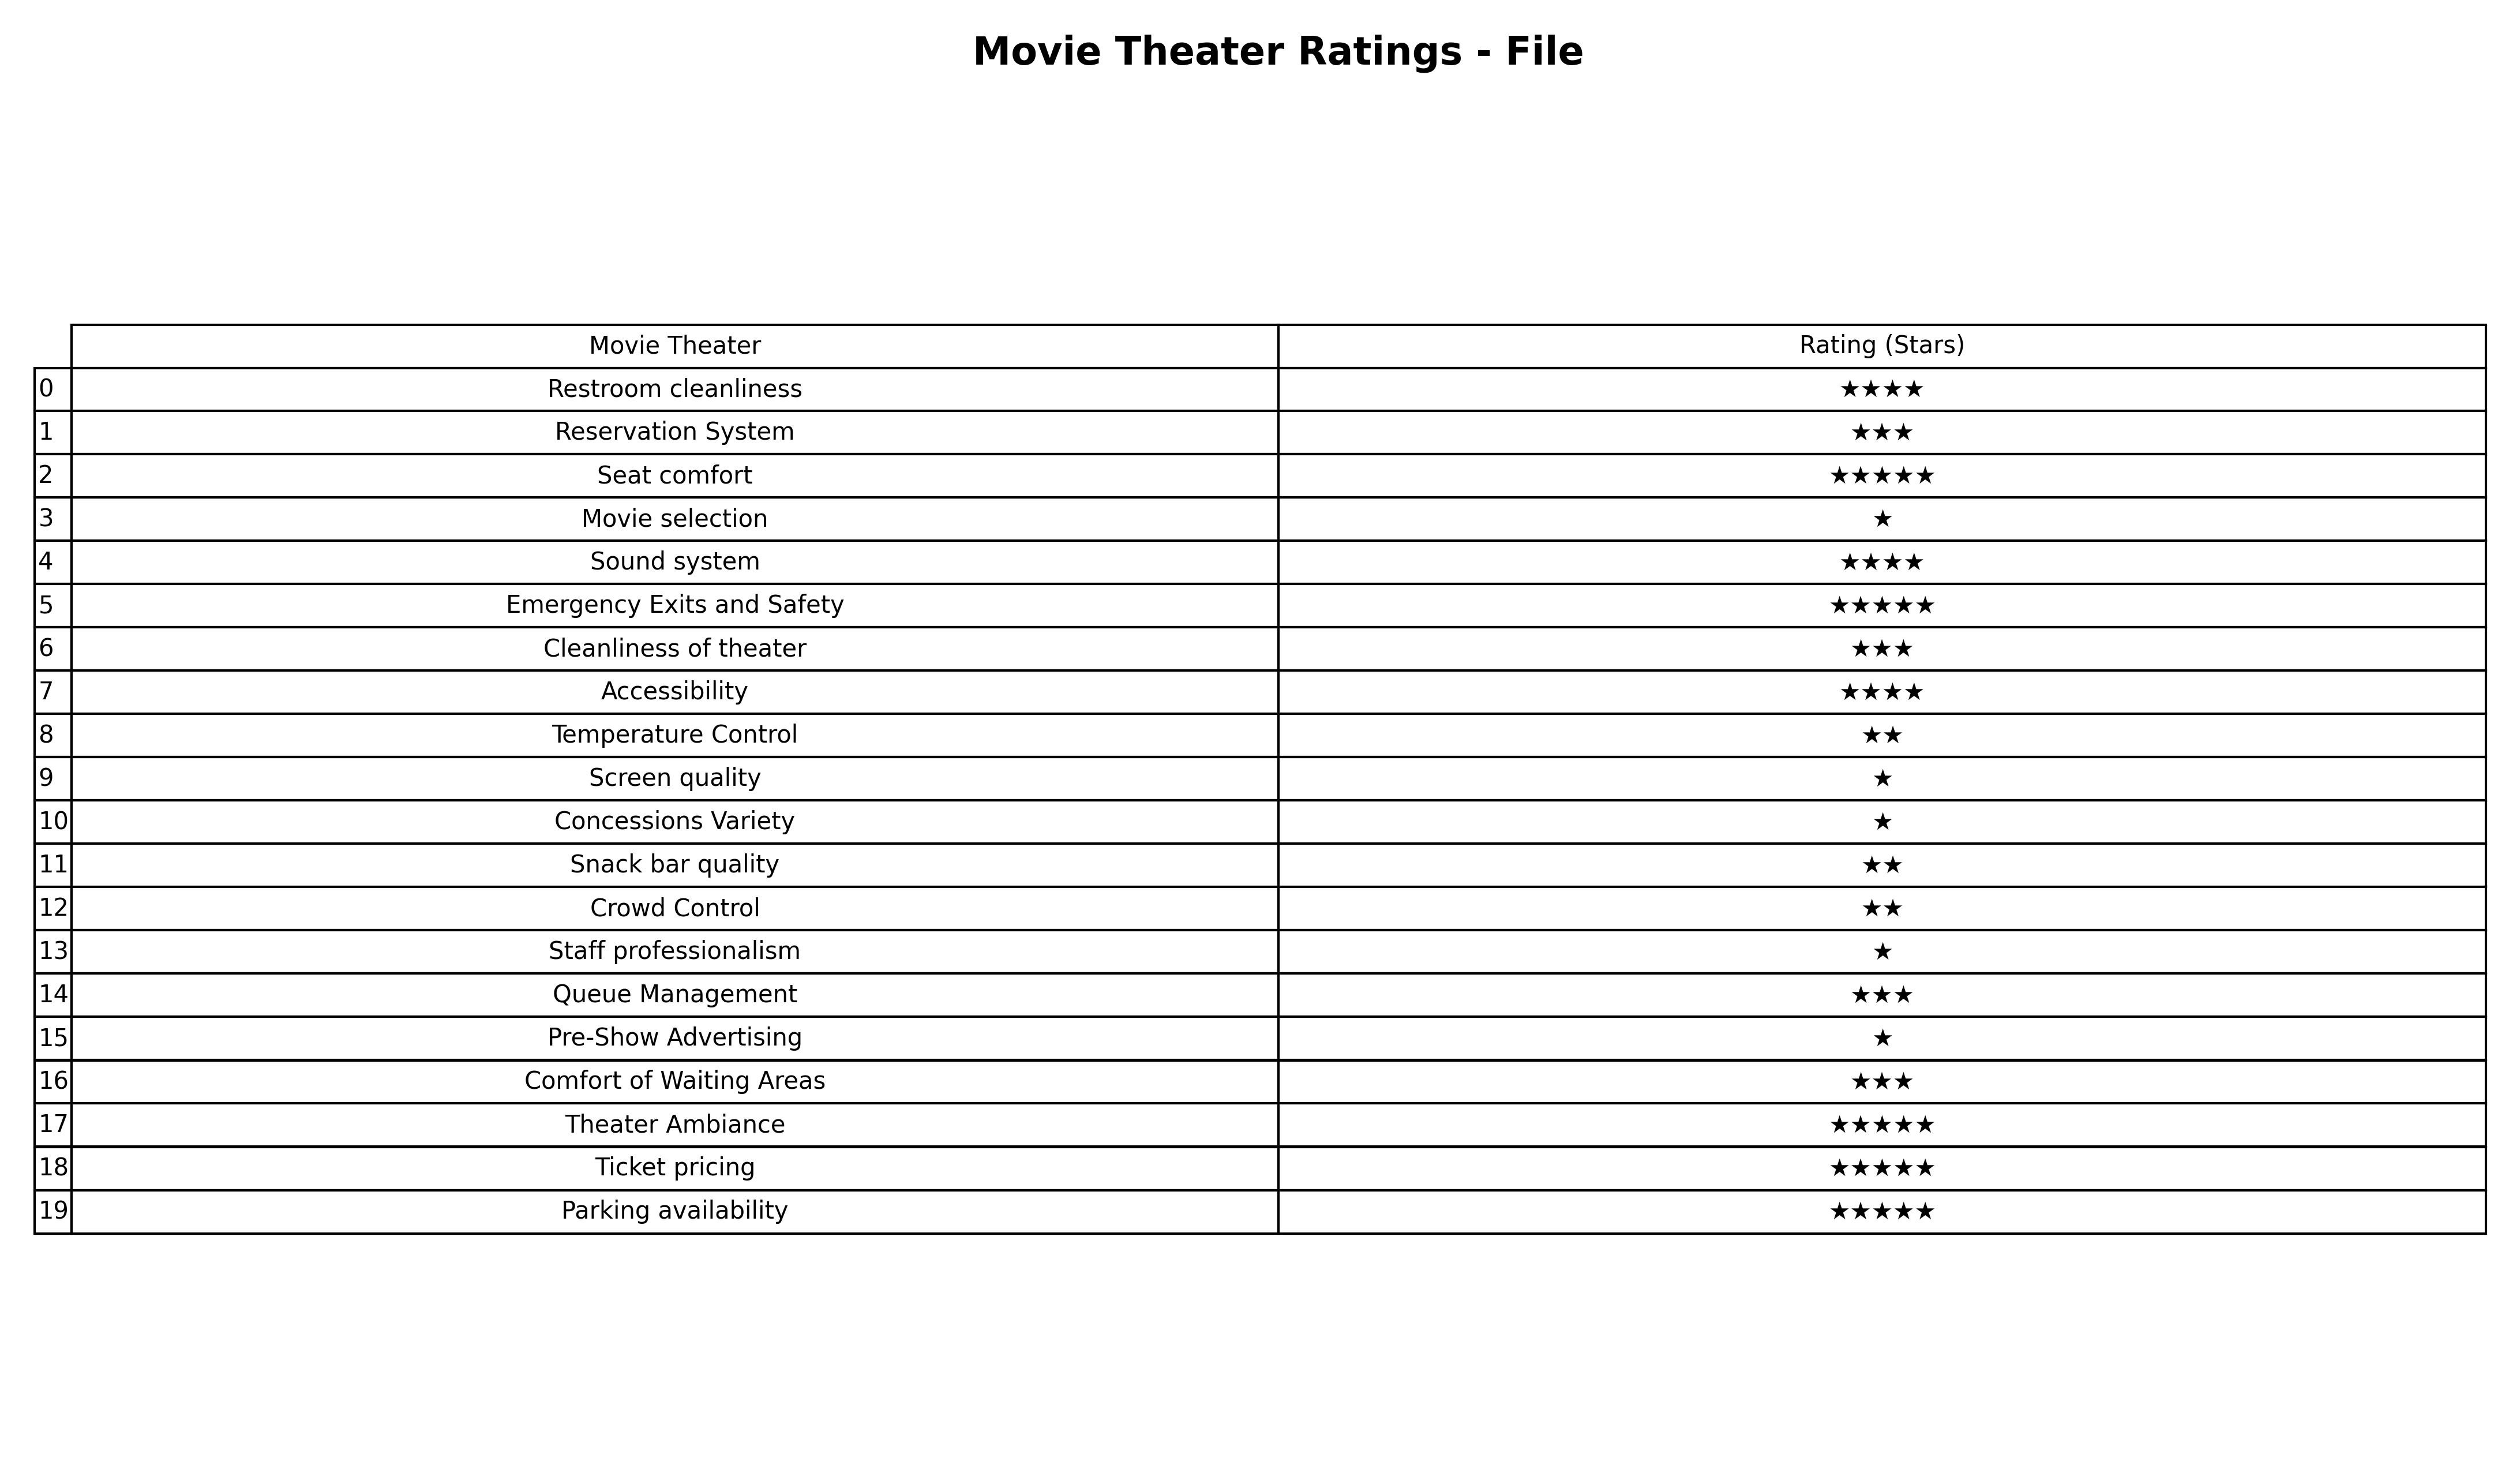
question: What are highest rating services?
answer: Seat comfortEmergency Exits and SafetyTheater AmbianceTicket pricingParking availability